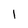
Character: l